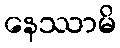
နေဿာမိ